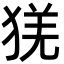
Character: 猐